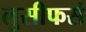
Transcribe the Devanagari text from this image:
लुसीफर्स